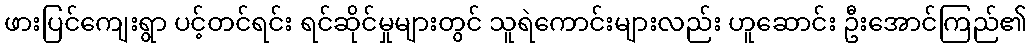
ဖားပြင်ကျေးရွာ ပင့်တင်ရင်း ရင်ဆိုင်မှုများတွင် သူရဲကောင်းများလည်း ဟူဆောင်း ဦးအောင်ကြည်၏